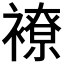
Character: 𧝜